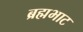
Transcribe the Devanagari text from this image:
ब्रह्मभाट